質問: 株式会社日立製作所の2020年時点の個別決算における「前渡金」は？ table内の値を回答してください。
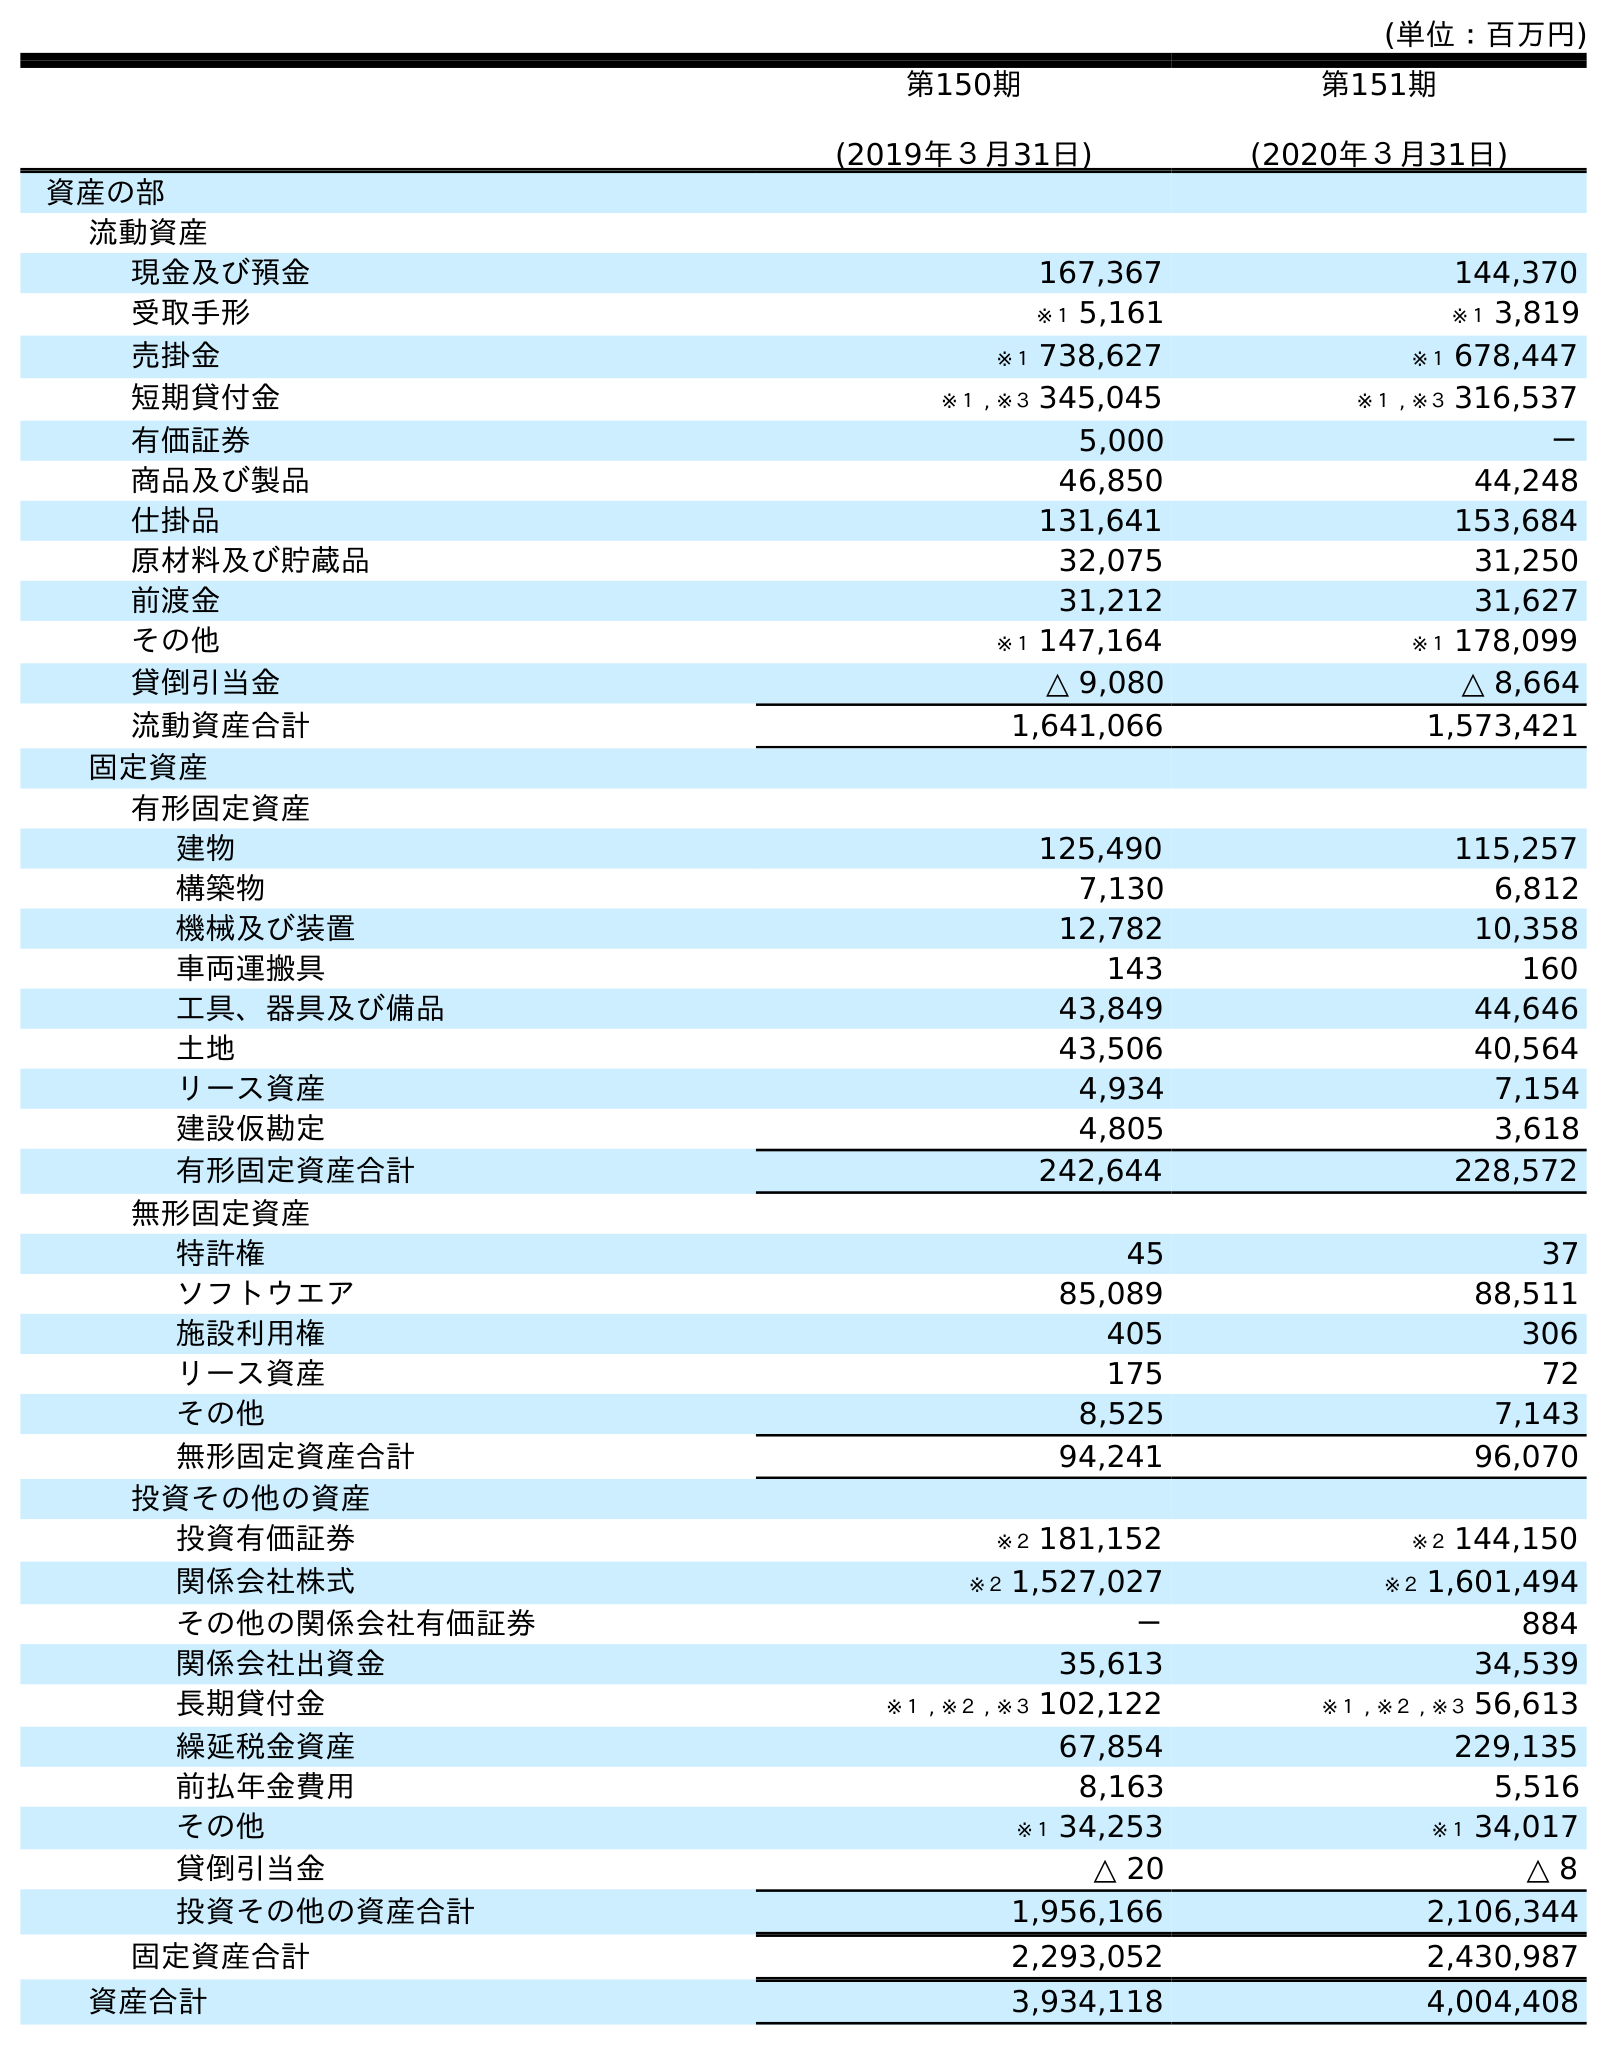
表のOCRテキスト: (単位：百万円) 第150期 (2019年３月31日) 第151期 (2020年３月31日) 資産の部 流動資産 現金及び預金 167,367 144,370 受取手形 ※１ 5,161 ※１ 3,819 売掛金 ※１ 738,627 ※１ 678,447 短期貸付金 ※１ , ※３ 345,045 ※１ , ※３ 316,537 有価証券 5,000 － 商品及び製品 46,850 44,248 仕掛品 131,641 153,684 原材料及び貯蔵品 32,075 31,250 前渡金 31,212 31,627 その他 ※１ 147,164 ※１ 178,099 貸倒引当金 △ 9,080 △ 8,664 流動資産合計 1,641,066 1,573,421 固定資産 有形固定資産 建物 125,490 115,257 構築物 7,130 6,812 機械及び装置 12,782 10,358 車両運搬具 143 160 工具、器具及び備品 43,849 44,646 土地 43,506 40,564 リース資産 4,934 7,154 建設仮勘定 4,805 3,618 有形固定資産合計 242,644 228,572 無形固定資産 特許権 45 37 ソフトウエア 85,089 88,511 施設利用権 405 306 リース資産 175 72 その他 8,525 7,143 無形固定資産合計 94,241 96,070 投資その他の資産 投資有価証券 ※２ 181,152 ※２ 144,150 関係会社株式 ※２ 1,527,027 ※２ 1,601,494 その他の関係会社有価証券 － 884 関係会社出資金 35,613 34,539 長期貸付金 ※１ , ※２ , ※３ 102,122 ※１ , ※２ , ※３ 56,613 繰延税金資産 67,854 229,135 前払年金費用 8,163 5,516 その他 ※１ 34,253 ※１ 34,017 貸倒引当金 △ 20 △ 8 投資その他の資産合計 1,956,166 2,106,344 固定資産合計 2,293,052 2,430,987 資産合計 3,934,118 4,004,408
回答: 31,627